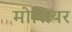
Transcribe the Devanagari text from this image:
मोसियर